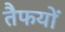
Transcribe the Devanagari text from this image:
तैफयों